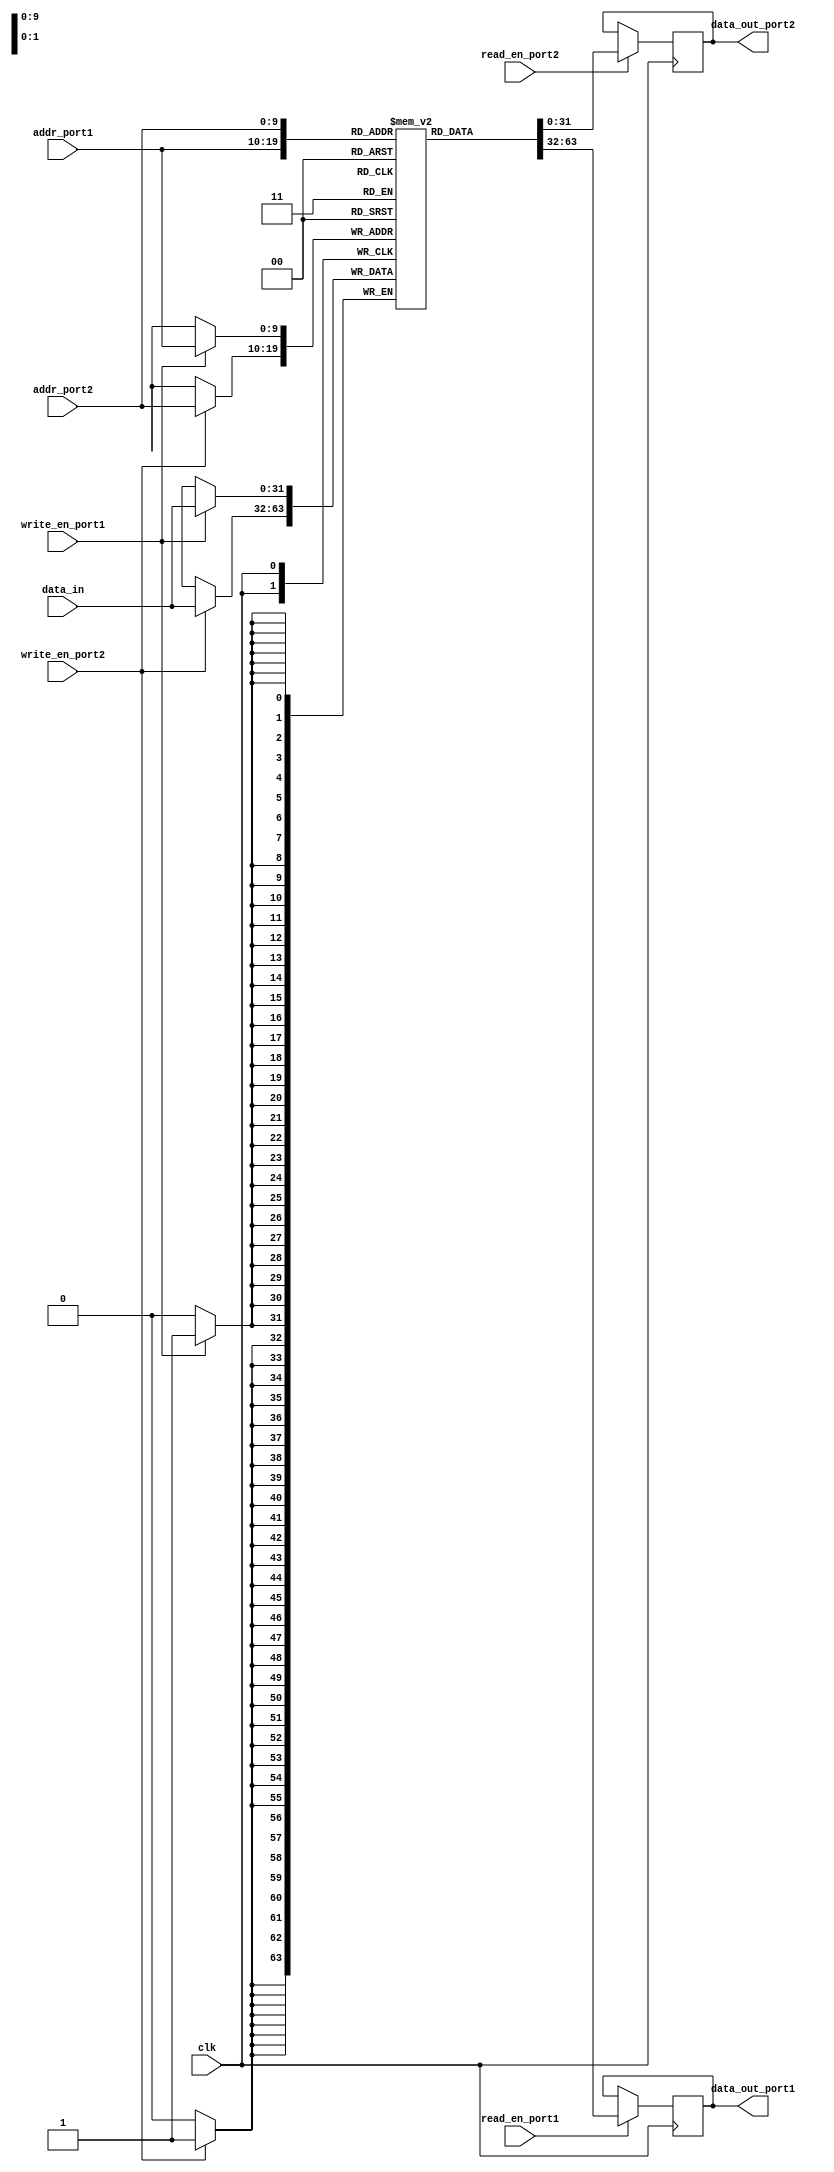
module dual_port_ram(
    input wire clk,
    input wire [9:0] addr_port1,
    input wire [9:0] addr_port2,
    input wire [31:0] data_in,
    input wire write_en_port1,
    input wire write_en_port2,
    input wire read_en_port1,
    input wire read_en_port2,
    output reg [31:0] data_out_port1,
    output reg [31:0] data_out_port2);
    
    reg [31:0] mem [1023:0]; // Dual-port RAM with 1024 entries
    
    always @(posedge clk) begin
        if(write_en_port1) begin
            mem[addr_port1] <= data_in;
        end
        
        if(write_en_port2) begin
            mem[addr_port2] <= data_in;
        end
        
        if(read_en_port1) begin
            data_out_port1 <= mem[addr_port1];
        end
        
        if(read_en_port2) begin
            data_out_port2 <= mem[addr_port2];
        end
    end
endmodule